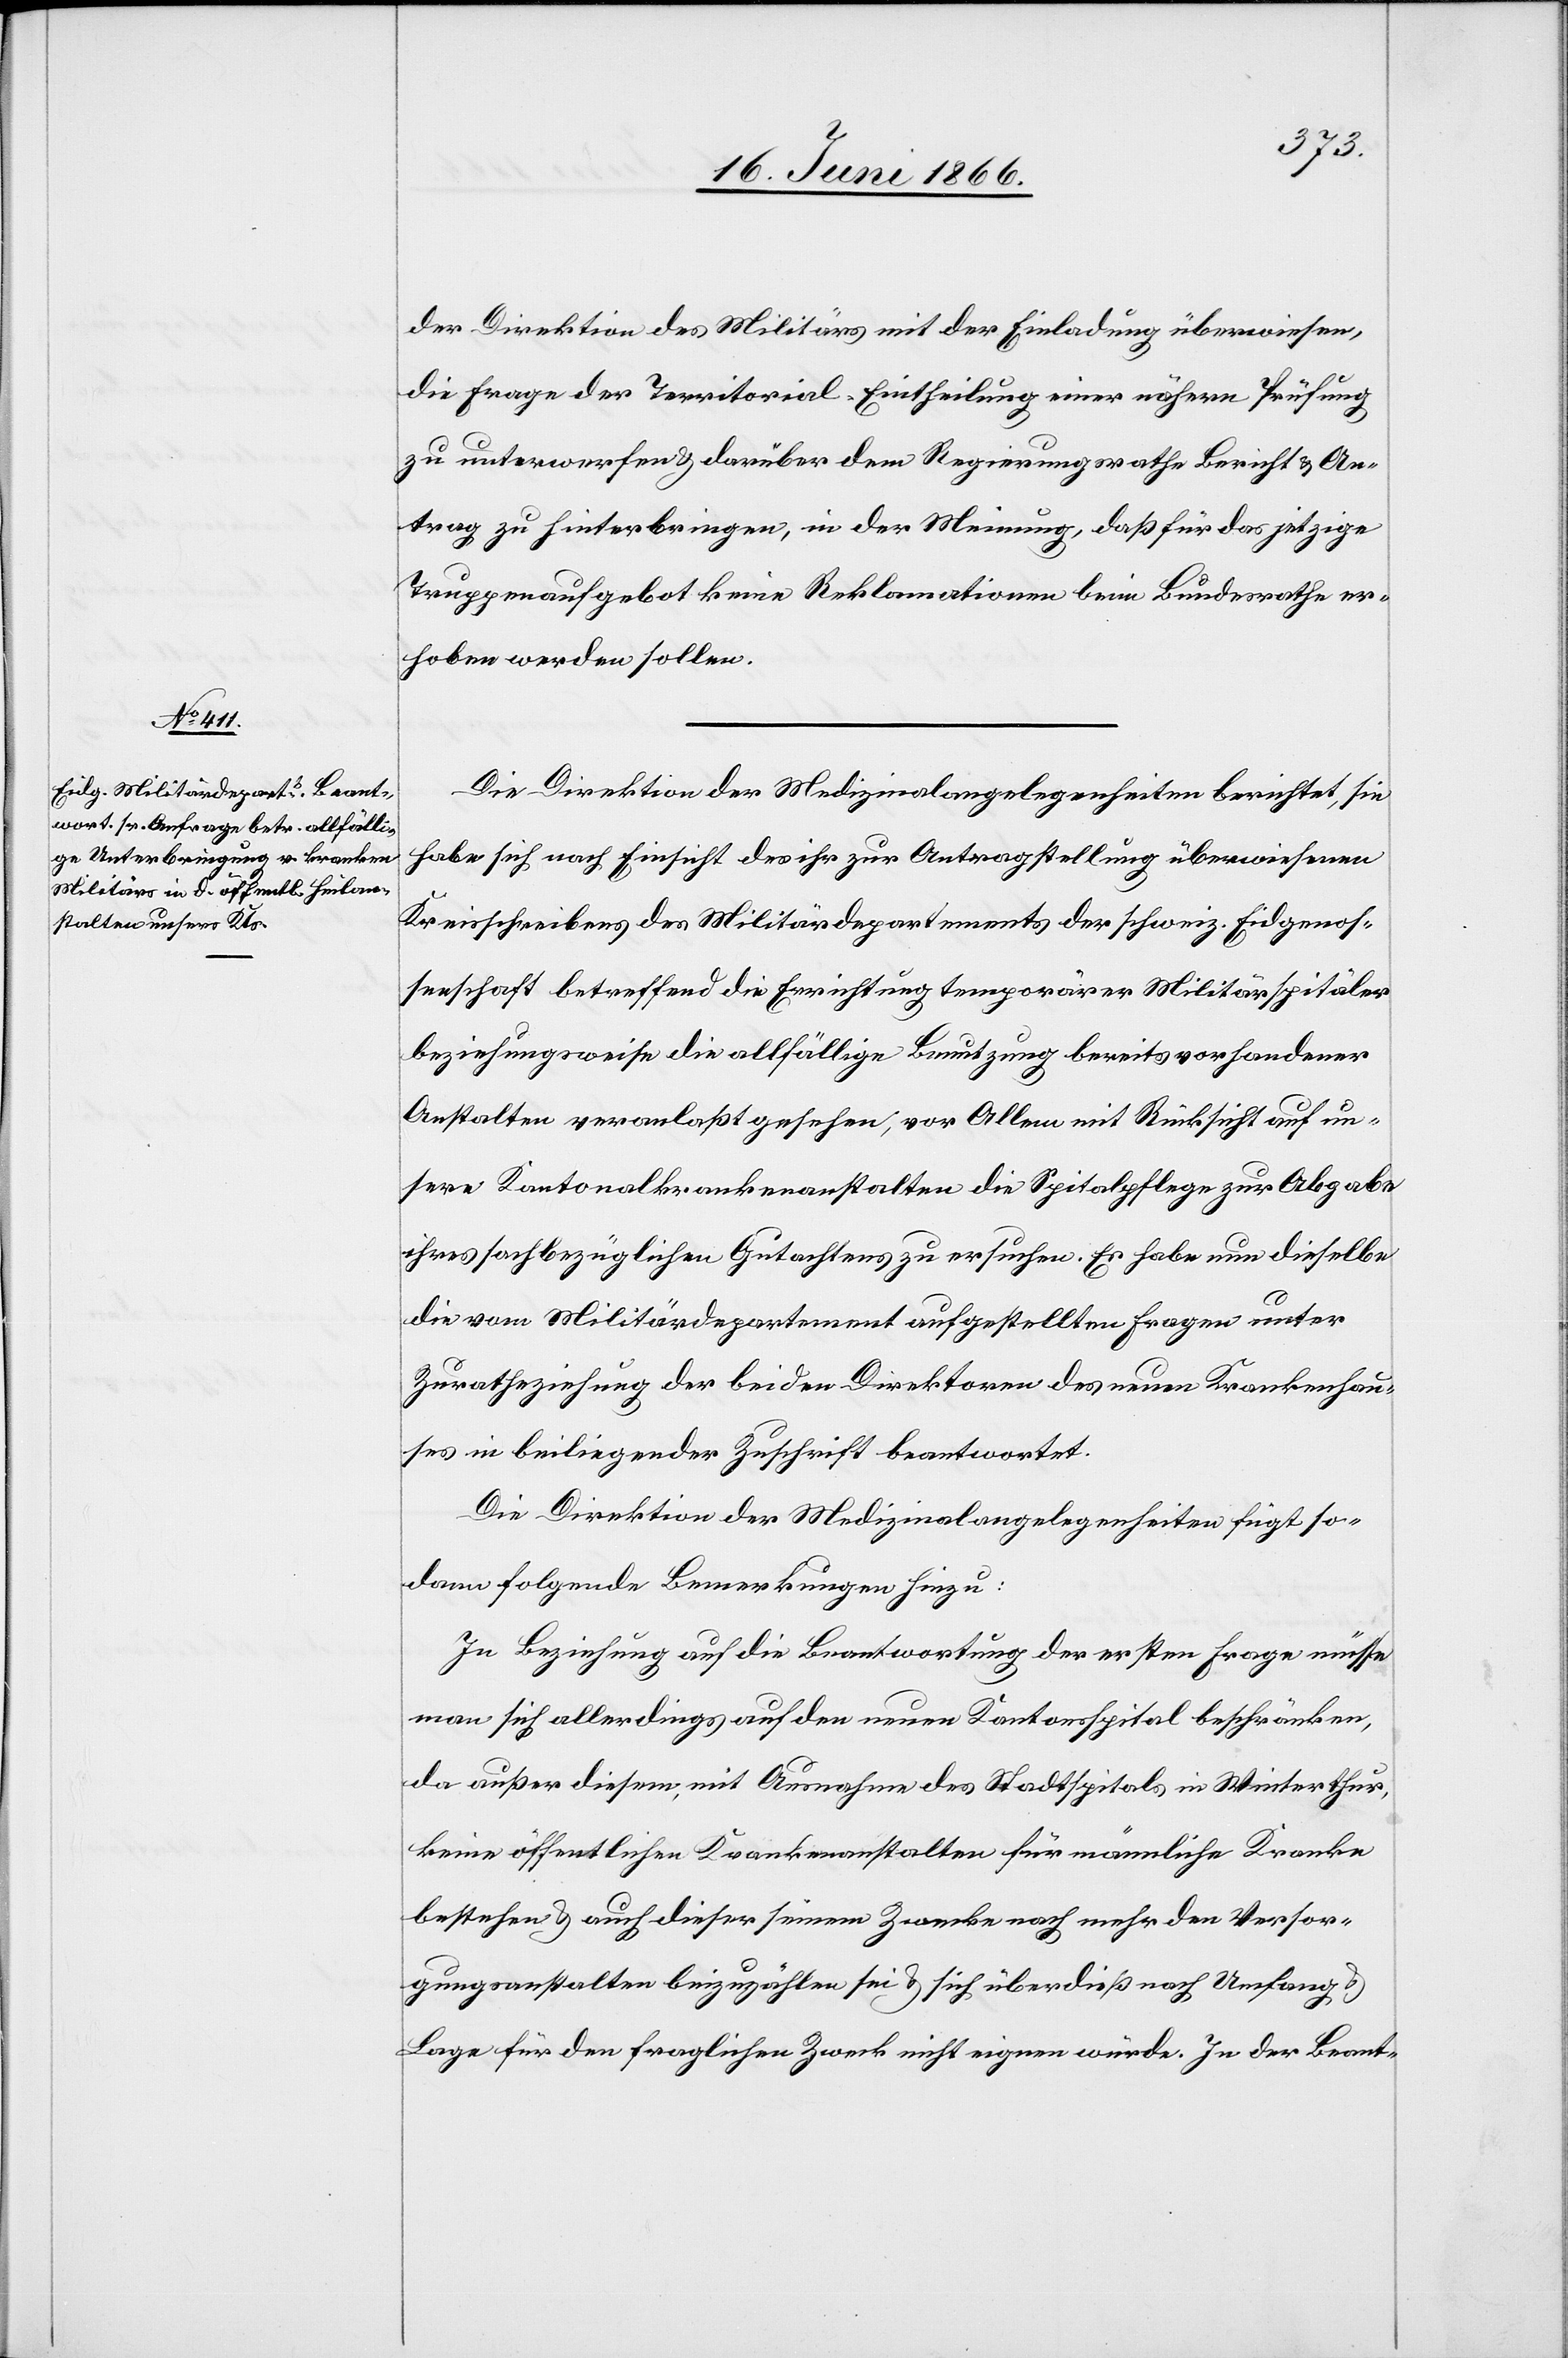
der Direktion des Militärs mit der Einladung überwiesen,
die Frage der Territorial-Eintheilung einer nähern Prüfung
zu unterwerfen u. darüber dem Regierungsrathe Bericht u. An¬
trag zu hinterbringen, in der Meinung, daß für das jetzige
Truppenaufgebot keine Reklamationen beim Bundesrath er¬
hoben werden sollen.
Die Direktion der Medizinalangelegenheiten berichtet, sie
habe sich nach Einsicht des ihr zur Antragstellung überwiesenen
Kreisschreibens des Militärdepartements der schweiz. Eidgenos¬
senschaft betreffend die Errichtung temporärer Militärspitäler
beziehungsweise die allfällige Benutzung bereits vorhandener
Anstalten veranlaßt gesehen, vor Allem mit Rücksicht auf un¬
sere Kantonalkrankenanstalten die Spitalpflege zur Abgabe
ihres sachbezüglichen Gutachtens zu ersuchen. Es habe nun dieselbe
die vom Militärdepartement aufgestellten Fragen unter
Zuratheziehung der beiden Direktoren des neuen Krankenhau¬
ses in beiliegender Zuschrift beantwortet.
Die Direktion der Medizinalangelegenheiten fügt so¬
dann folgende Bemerkungen hinzu:
In Beziehung auf die Beantwortung der ersten Frage müsse
man sich allerdings auf den neuen Kantonsspital beschränken,
da außer diesem mit Ausnahme des Stadtspitals in Winterthur
keine öffentlichen Krankenanstalten für nämliche Kranke
bestehen u. auch dieser seinem Zwecke nach mehr den Versor¬
gungsanstalten beizuzählen sei u. sich überdieß nach Umfang u.
Lage für den fraglichen Zwecke nicht eignen würde. In der Beant-